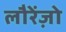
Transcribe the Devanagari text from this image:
लौरेंज़ो